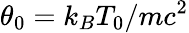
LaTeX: \theta_{0}=k_{B}T_{0}/mc^{2}